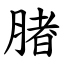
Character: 䐗